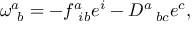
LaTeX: \omega _ { \ b } ^ { a } = - f _ { \ i b } ^ { a } e ^ { i } - D _ { \ \ b c } ^ { a } e ^ { c } ,